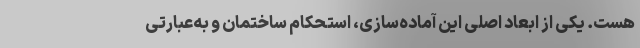
هست. یکی از ابعاد اصلی این آماده‌سازی، استحکام ساختمان و به‌عبارتی